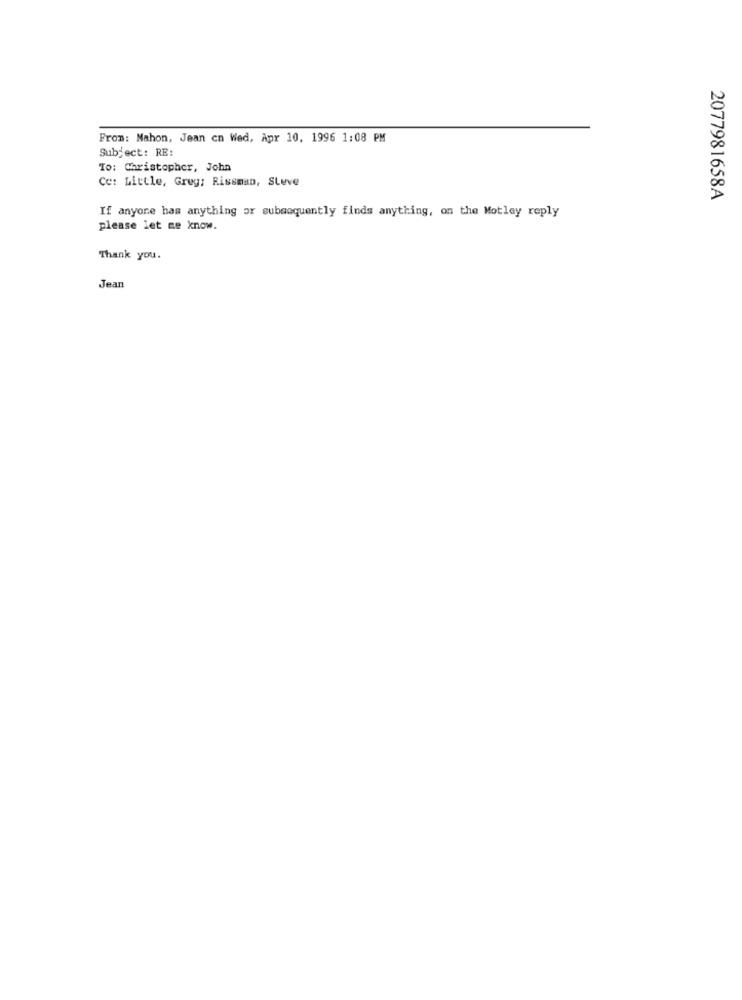
From: Mahon, Jean cn Wed, Apr 10, 1996 1:08 PM
Subject: RE:
To: Christopher, John
Ce: Little, Greg: Rissman, SLuve
2077981658A
If anyone has anything or subsequently finds anything, on the Motley reply
please let me know.
Thank you.
Jean